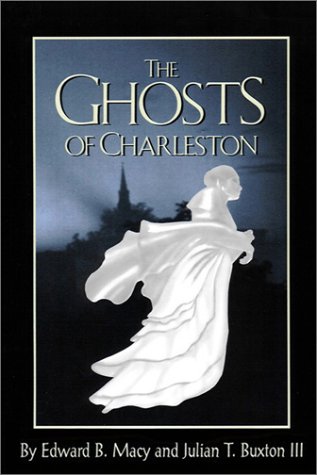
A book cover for The Ghosts of Charleston; Edward Macy; Travel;